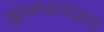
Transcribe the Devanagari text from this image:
कुरुशाच्या